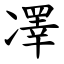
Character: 凙